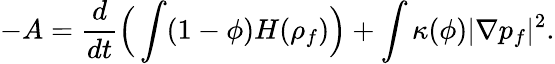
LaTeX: -A=\frac{d}{dt}\Big(\int(1-\phi)H(\rho_{f})\Big)+\int\kappa(\phi)|\nabla p_{f}|^{2}.